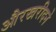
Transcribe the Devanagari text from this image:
औरखरीदने